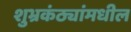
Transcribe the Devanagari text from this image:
शुभ्रकंठ्यांमधील